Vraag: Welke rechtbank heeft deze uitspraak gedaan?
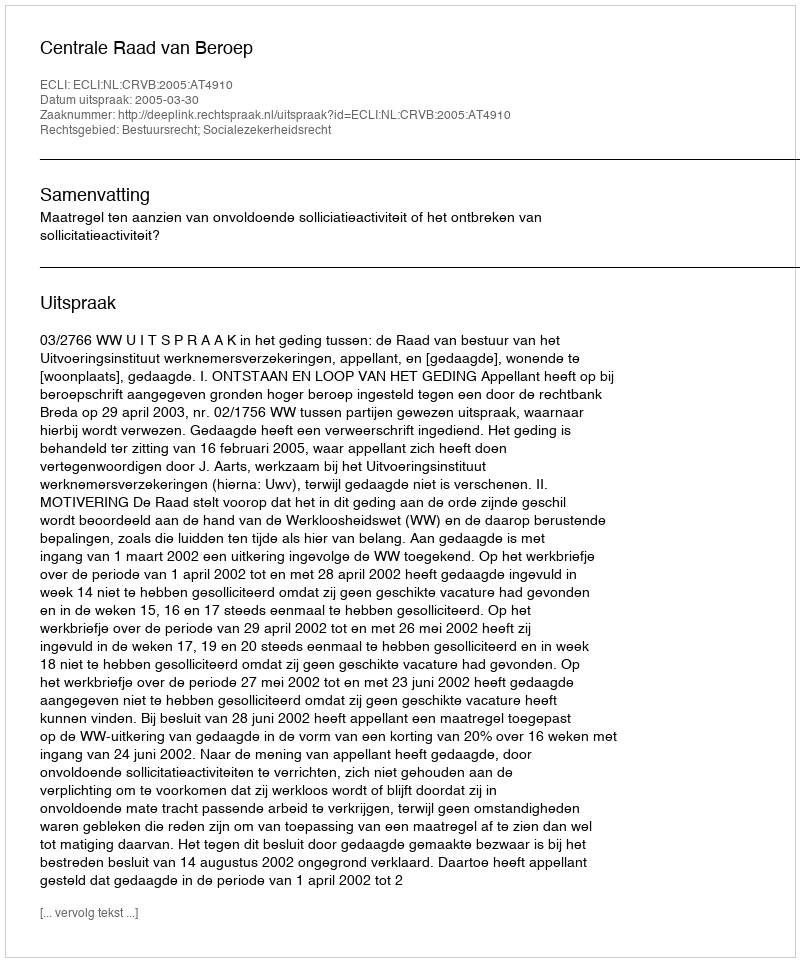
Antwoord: Centrale Raad van Beroep